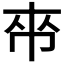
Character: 𫷃